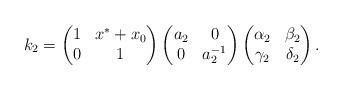
LaTeX: \begin{gather*}k_2=\left(\begin{matrix} 1&x^{*}+x_0\\0&1\end{matrix} \right)\left(\begin{matrix} a_2&0\\0&a_2^{-1}\end{matrix} \right)\left(\begin{matrix} \alpha_2&\beta_2\\\gamma_2&\delta_2\end{matrix} \right).\end{gather*}